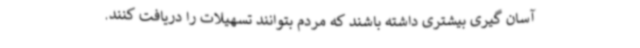
آسان گیری بیشتری داشته باشند که مردم بتوانند تسهیلات را دریافت کنند.